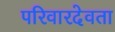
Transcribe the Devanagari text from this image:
परिवारदेवता